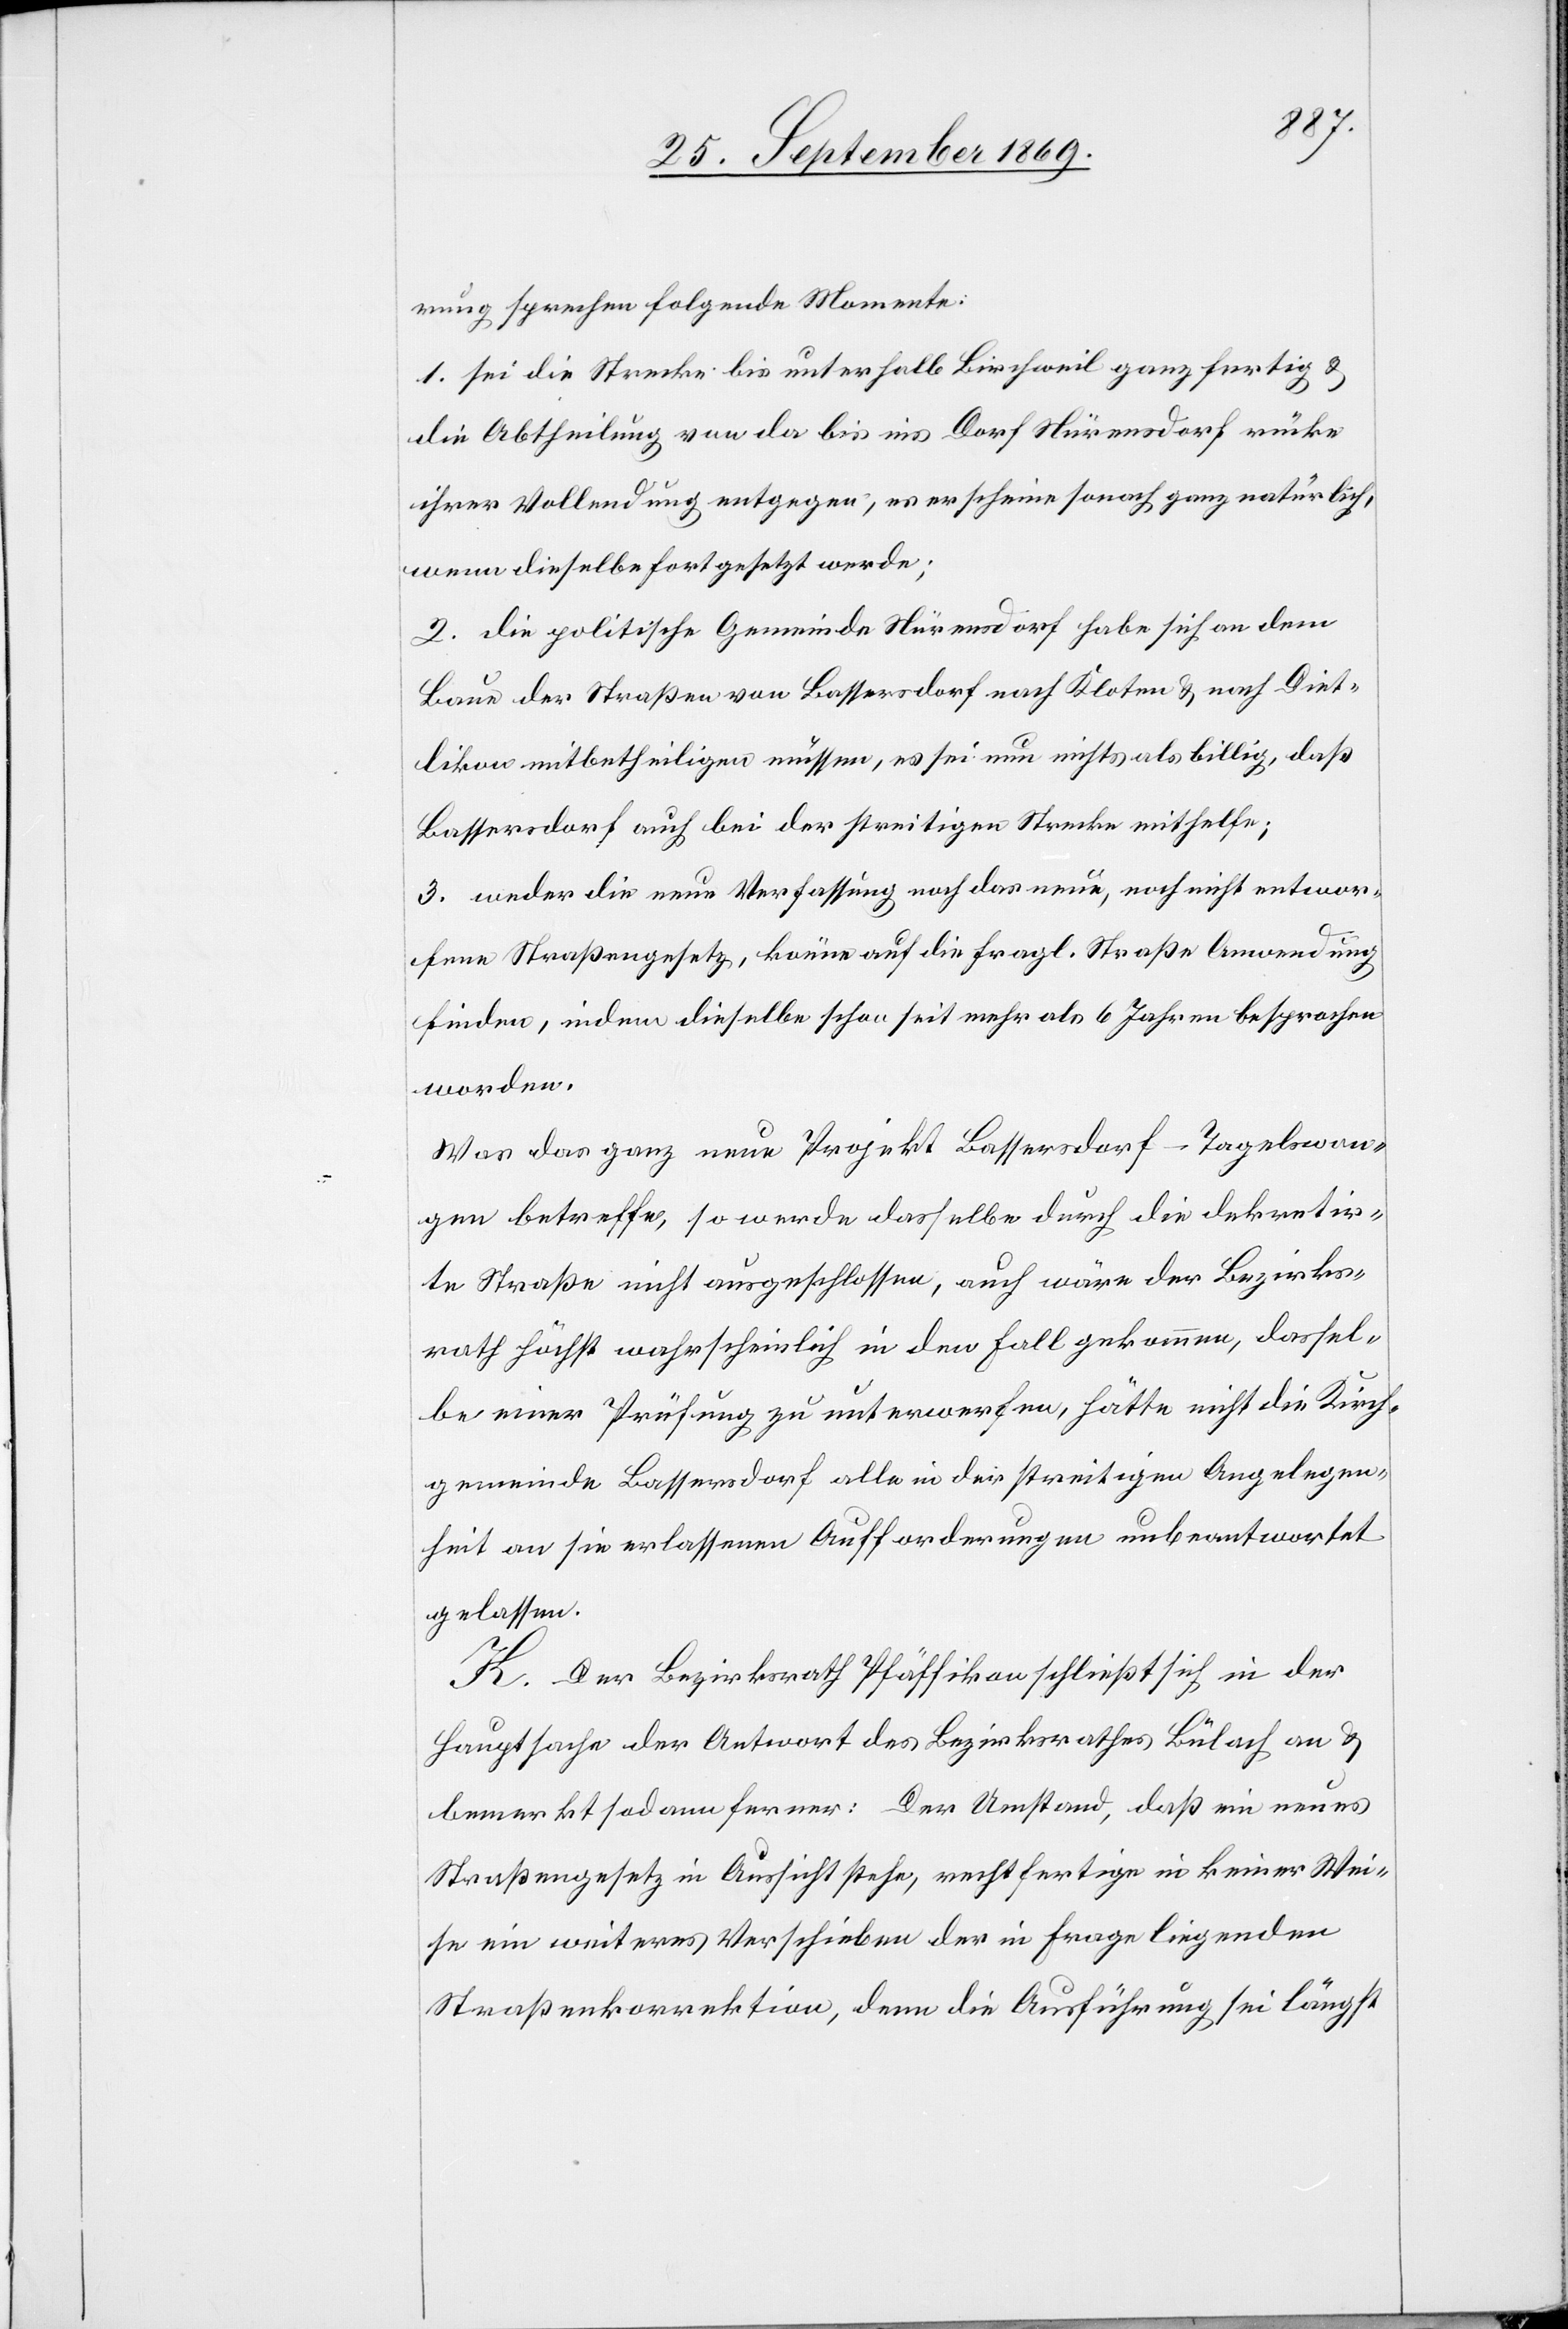
rung sprechen folgende Momente:
1. sei die Strecke bis unterhalb Birchweil ganz fertig &
die Abtheilung von da bis ins Dorf Nürensdorf rücke
ihrer Vollendung entgegen, es erscheine sonach ganz natürlich,
wenn dieselbe fortgesetzt werde;
2. die politische Gemeinde Nürensdorf habe sich an dem
Baue der Straßen von Bassersdorf nach Kloten & nach Diet¬
likon mitbetheiligen müssen, es sei nun nichts als billig, daß
Bassersdorf auch bei der streitigen Strecke mithelfe;
3. weder die neue Verfassung noch das neue, noch nicht entwor¬
fene Straßengesetz, könne auf die fragl. Straße Anwendung
finden, indem dieselbe schon seit mehr als 6 Jahren besprochen
worden.
Was das ganz neue Projekt Bassersdorf–Tagelswan¬
gen betreffe, so werde dasselbe durch die dekretir¬
te Straße nicht ausgeschlossen, auch wäre der Bezirks¬
rath höchst wahrscheinlich in den Fall gekommen, dassel¬
be einer Prüfung zu unterwerfen, hätte nicht die Kirch¬
gemeinde Bassersdorf alle in der streitigen Angelegen¬
heit an sie erlassenen Aufforderungen unbeantwortet
gelassen.
K. Der Bezirksrath Pfäffikon schließt sich in der
Hauptsache der Antwort des Bezirksrathes Bülach an &
bemerkt sodann ferner: Der Umstand, daß ein neues
Straßengesetz in Aussicht stehe, rechtfertige in keiner Wei¬
se ein weiteres Verschieben der in Frage liegenden
Straßenkorrektion, denn die Ausführung sei längst